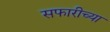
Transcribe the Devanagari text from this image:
सफारीच्या